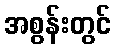
အစွန်းတွင်